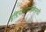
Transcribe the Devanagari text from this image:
इंडियानापोलिसची